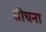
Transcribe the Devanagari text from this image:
सीचना